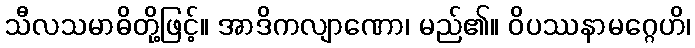
သီလသမာဓိတို့ဖြင့်။ အာဒိကလျာဏော၊ မည်၏။ ဝိပဿနာမဂ္ဂေဟိ၊